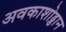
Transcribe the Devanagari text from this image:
अवकाशोड्डान